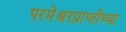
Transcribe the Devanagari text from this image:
परमेश्वरप्राप्तीच्या